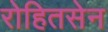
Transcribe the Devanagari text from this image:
रोहितसेन